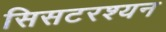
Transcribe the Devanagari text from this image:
सिसटरश्यन